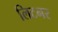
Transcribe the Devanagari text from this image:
लिटनर